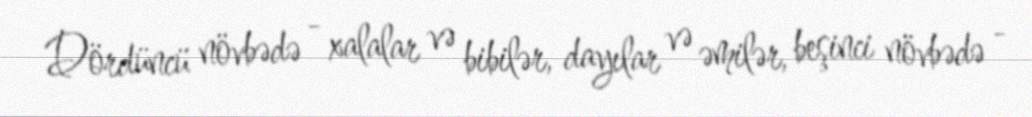
Dördüncü növbədə - xalalar və bibilər, dayılar və əmilər, beşinci növbədə -